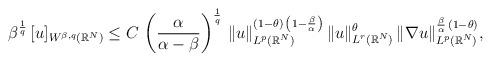
LaTeX: \begin{align*}\beta^\frac{1}{q}\,[u]_{W^{\beta,q}(\mathbb{R}^N)}&\le C\,\left(\frac{\alpha}{\alpha-\beta}\right)^\frac{1}{q}\,\|u\|_{L^p(\mathbb{R}^N)}^{(1-\theta)\,\left(1-\frac{\beta}{\alpha}\right)}\,\|u\|^\theta_{L^r(\mathbb{R}^N)}\,\|\nabla u\|_{L^p(\mathbb{R}^N)}^{\frac{\beta}{\alpha}\,(1-\theta)},\end{align*}